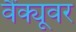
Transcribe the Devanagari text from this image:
वैंक्यूवर